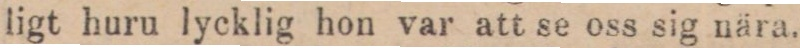
ligt huru lycklig hon var att se oss sig nära.